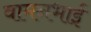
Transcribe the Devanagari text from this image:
वामनभाई